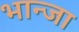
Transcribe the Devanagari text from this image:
भान्जा